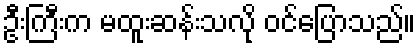
ဦးကြီးက မထူးဆန်းသလို ဝင်ပြောသည်။